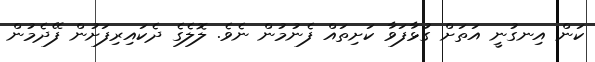
ކަން އިނގުނީ އަތަށް ގުޅާފަވާ ކަށިތައް ފެނުމުން ނެވެ. ލޮލެގެ ދެކައިރިފަށުން ފޭދެމުން